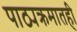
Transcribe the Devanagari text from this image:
पाठ्यक्रमातही